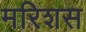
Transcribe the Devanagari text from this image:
मरिशस